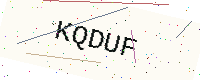
Text: KQDUF